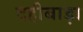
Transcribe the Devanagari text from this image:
दहीबाड़ा